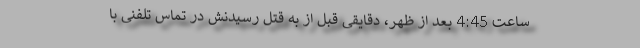
ساعت 4:45 بعد از ظهر، دقایقی قبل از به قتل رسیدنش در تماس تلفنی با